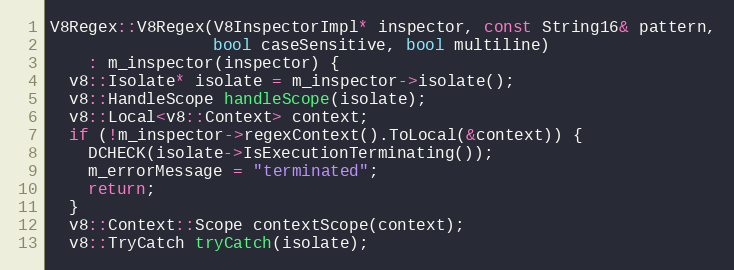
Language: C++
V8Regex::V8Regex(V8InspectorImpl* inspector, const String16& pattern,
                 bool caseSensitive, bool multiline)
    : m_inspector(inspector) {
  v8::Isolate* isolate = m_inspector->isolate();
  v8::HandleScope handleScope(isolate);
  v8::Local<v8::Context> context;
  if (!m_inspector->regexContext().ToLocal(&context)) {
    DCHECK(isolate->IsExecutionTerminating());
    m_errorMessage = "terminated";
    return;
  }
  v8::Context::Scope contextScope(context);
  v8::TryCatch tryCatch(isolate);